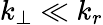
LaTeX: k_{\perp}\ll k_{r}